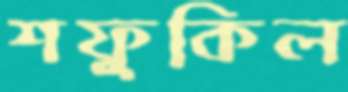
শফুকিল